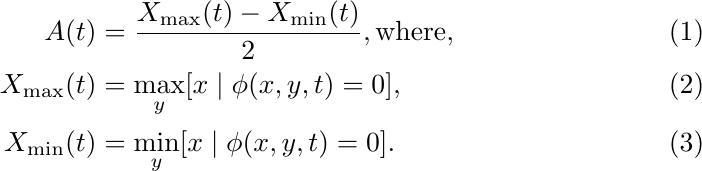
\begin{align}
A(t) &= \frac{X_{\textrm{max}}(t) - X_{\textrm{min}}(t)}{2}, \text{where},\\
X_{\textrm{max}}(t) &= \max_{y}[x \mid \phi(x, y, t) = 0], \\
X_{\textrm{min}}(t) &= \min_{y}[x \mid \phi(x, y, t) = 0].
\end{align}